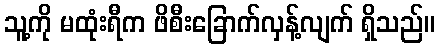
သူ့ကို မထုံးရီက ဖိစီးခြောက်လှန့်လျက် ရှိသည်။